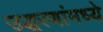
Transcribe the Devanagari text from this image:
उद्धरणांमध्ये